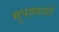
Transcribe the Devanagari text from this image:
मुपह्वयते